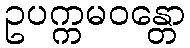
ဥပက္ကမဝန္တော